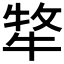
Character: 𭷧